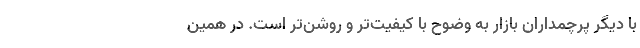
با دیگر پرچمداران بازار به وضوح با کیفیت‌تر و روشن‌تر است. در همین